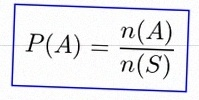
P(A)=\frac{n(A)}{n(S)}